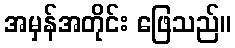
အမှန်အတိုင်း ဖြေသည်။